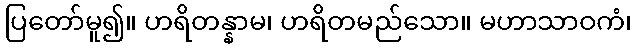
ပြတော်မူ၍။ ဟရိတန္နာမ၊ ဟရိတမည်သော။ မဟာသာဝကံ၊